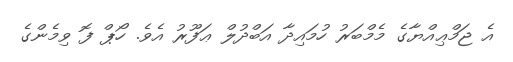
އެ ޖަމްޢިއްޔާގެ މެމްބަރު ހުމައިދާ އަބްދުލް ޢަފޫރު އެވެ. ހޯޕް ފޮ ވިމެންގެ